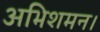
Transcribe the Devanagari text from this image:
अभिशमन।